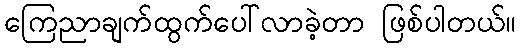
ကြေညာချက်ထွက်ပေါ်လာခဲ့တာ ဖြစ်ပါတယ်။